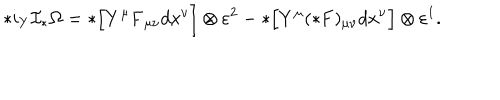
* i _ { Y } { \cal I } _ { * } \Omega = * \Bigl [ Y ^ { \mu } { \bf F } _ { \mu \nu } d x ^ { \nu } \Bigr ] \otimes \varepsilon ^ { 2 } - * \Bigl [ Y ^ { \mu } ( * { \bf F } ) _ { \mu \nu } d x ^ { \nu } \Bigr ] \otimes \varepsilon ^ { 1 } .